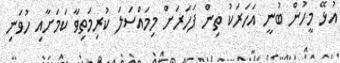
އުޅޭ މީހުން ބުނީ އަހަރަކު ތިން ފަހަރަށް މިމައްސަލަ ކުރިމަތިވާ ކަމަށާއި ހުވަނި